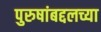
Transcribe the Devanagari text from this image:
पुरुषांबद्दलच्या